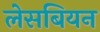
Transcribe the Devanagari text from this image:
लेसबियन